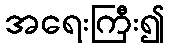
အရေးကြီး၍